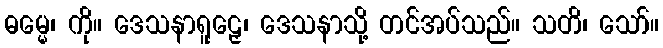
ဓမ္မေ၊ ကို။ ဒေသနာရူဠှေ၊ ဒေသနာသို့ တင်အပ်သည်။ သတိ၊ သော်။